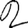
Digit: 2